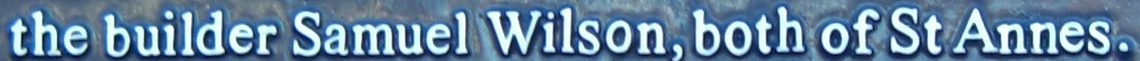
the builder Samuel Wilson. both of St Annes.